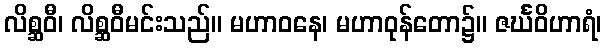
လိစ္ဆဝီ၊ လိစ္ဆဝီမင်းသည်။ မဟာဝနေ၊ မဟာဝုန်တော၌။ ဇင်္ဃဝိဟာရံ၊